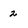
Character: 2